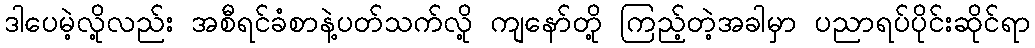
ဒါပေမဲ့လို့လည်း အစီရင်ခံစာနဲ့ပတ်သက်လို့ ကျနော်တို့ ကြည့်တဲ့အခါမှာ ပညာရပ်ပိုင်းဆိုင်ရာ